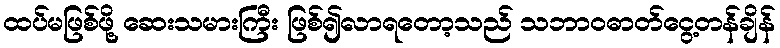
ထပ်မဖြစ်ဖို့ ဆေးသမားကြီး ဖြစ်၍လာရတော့သည် သဘာဝဓာတ်ငွေ့တန်ချိန်